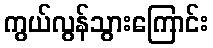
ကွယ်လွန်သွားကြောင်း